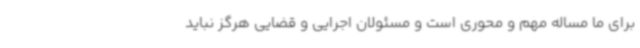
برای ما مساله مهم و محوری است و مسئولان اجرایی و قضایی هرگز نباید